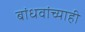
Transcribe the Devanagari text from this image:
बांधवांच्याही